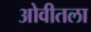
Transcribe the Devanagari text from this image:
ओवीतला